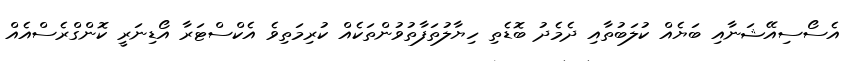
އެސޯސިއޭޝަނާއި ބަޔެއް ކުލަބުތާއި ދެމެދު ބޮޑެތި ހިޔާލުތަފާތުވުންތަކެއް ކުރިމަތިވެ އެކްސްޓަރާ އޯޑިނަރީ ކޮންގްރެސްއެއް